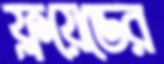
ফ্লয়েডের